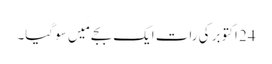
24 اکتوبر کی رات ایک بجے مَیں سو گیا۔